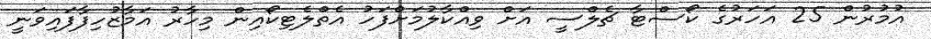
އުމުރުން 25 އަހަރުގެ ކޯސްޓާ ޗެލްސީ އަށް ވިއްކާލުމަށްފަހު އެތްލެޓިކޯއިން މިހާރު އަމާޒުހިފާފައިވަނީ